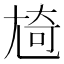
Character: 㞆